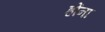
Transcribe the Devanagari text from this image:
होंना